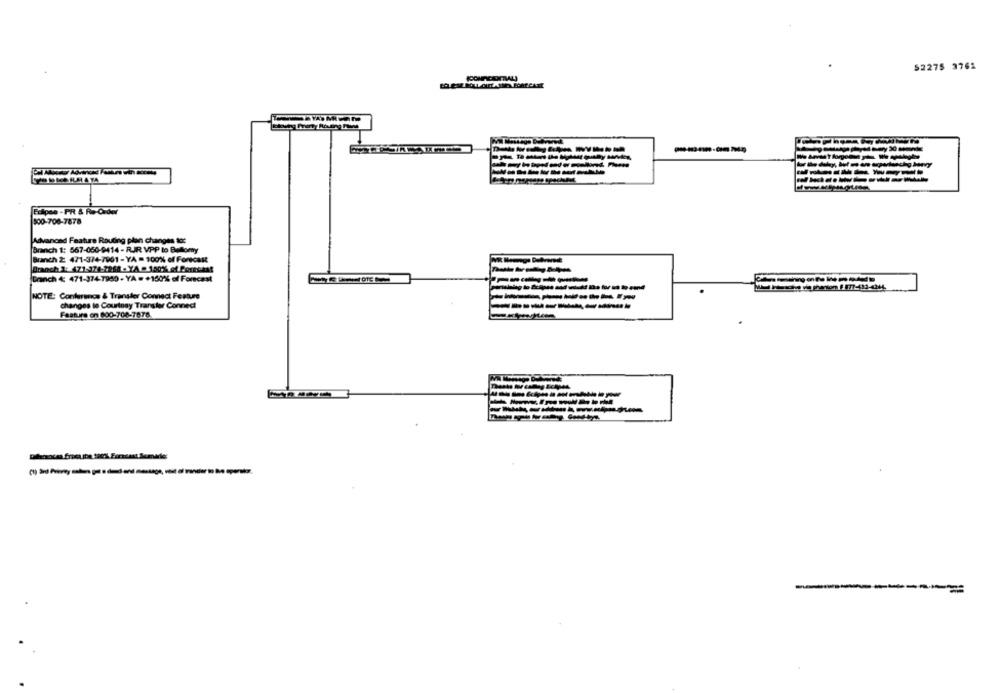
$2275 3761
Eclipse - PR & Re-Order
300-706-7878
Advanced Feature Routing plan changes to:
Branch 1: 567-050-9414 - RIR VPP to Bellomy
Branch 2: 471-374-7901 - YA = 100% of Forecast
Branch 1: 171-374-7268 - YA . 150% of Portoast
Drinch : 471-374-7980 - YA = +150% of Forecast
NOTE: Conference & Transfer Connect Feature
---------
changes le Courtesy Transfer Connect
---------
Fasturs on 800-708-7878
------
--